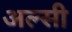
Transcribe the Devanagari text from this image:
अल्‍सी